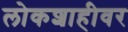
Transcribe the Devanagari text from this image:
लोकशाहीवर